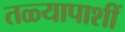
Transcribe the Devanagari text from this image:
तळ्यापाशीं